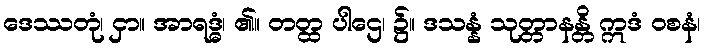
ဒေဿတုံ၊ ငှာ။ အာရဒ္ဓံ၊ ၏။ တတ္ထ ပါဌေ၊ ၌။ ဒသန္နံ သုတ္တာနန္တိ ဣဒံ ဝစနံ၊